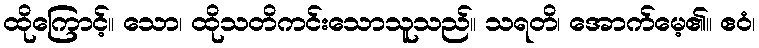
ထိုကြောင့်။ သော၊ ထိုသတိကင်းသောသူသည်။ သရတိ၊ အောက်မေ့၏။ ဧဝံ၊